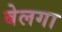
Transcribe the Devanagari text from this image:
बेलगा